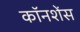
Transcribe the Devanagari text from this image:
कॉनशेंस